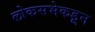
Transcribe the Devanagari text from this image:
लोकसभेकडून